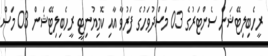
ރީހެބިލިޓޭޝަން ސެންޓަރުގެ 03 މަސްދުވަހުގެ ފަރުވާ އާއި ކޮމިޔުނިޓީ ރީހެބިލިޓޭޝަން 03 މަސް